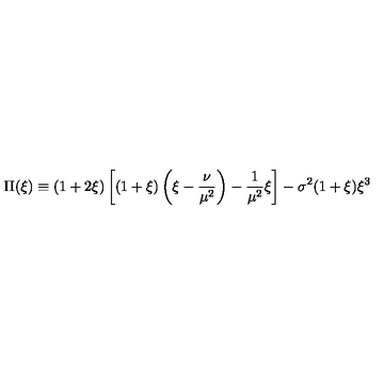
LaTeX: \Pi ( \xi ) \equiv ( 1 + 2 \xi ) \left[ ( 1 + \xi ) \left( \xi - \frac { \nu } { \mu ^ { 2 } } \right) - \frac { 1 } { \mu ^ { 2 } } \xi \right] - \sigma ^ { 2 } ( 1 + \xi ) \xi ^ { 3 }